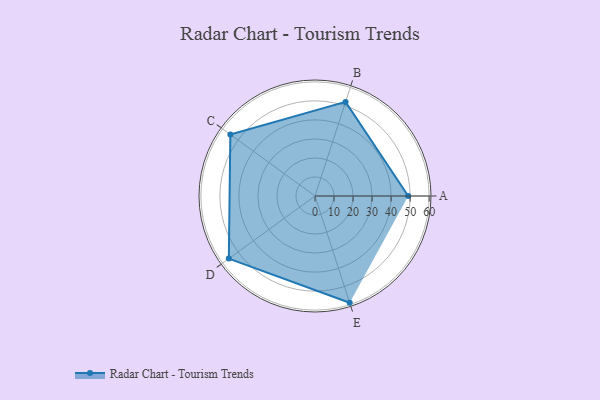
{"axis": {"x": "Skill", "y": "Score"}, "legend": ["Profile"], "data": [{"x": "A", "y": 49.0, "type": "Profile"}, {"x": "B", "y": 52.0, "type": "Profile"}, {"x": "C", "y": 55.0, "type": "Profile"}, {"x": "D", "y": 56.0, "type": "Profile"}, {"x": "E", "y": 59.0, "type": "Profile"}]}